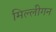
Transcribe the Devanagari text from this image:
मिल्लीगन